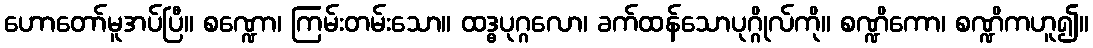
ဟောတော်မူအပ်ပြီ။ စဏ္ဍော၊ ကြမ်းတမ်းသော။ ထဒ္ဓပုဂ္ဂလော၊ ခက်ထန်သောပုဂ္ဂိုလ်ကို။ စဏ္ဍိကော၊ စဏ္ဍိကဟူ၍။